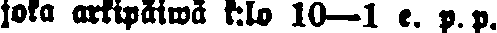
joka arkipäiwäk:lo 10—1 e. p. p.